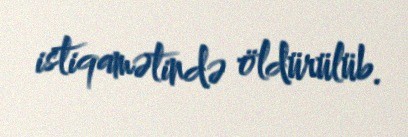
istiqamətində öldürülüb.